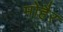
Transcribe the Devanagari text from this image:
मोहैर